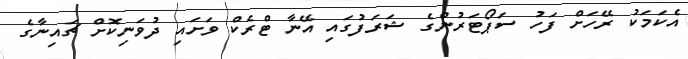
އެކަމަކު ރޭހަށް ފަހު ސަޕޯޓަރުންގެ ޝަރަފުގައި އޭނާ ޓްރެކް ވަށައި ދުވަނިކޮށް ޗައިނާގެ